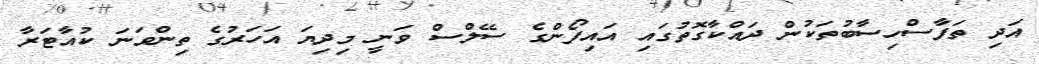
އަދި ތަފާސްހިސާބުތަކުން ދައްކާގޮތުގައި އައިފޯންގެ ސޭލްސް ވަނީ މިދިޔަ އަހަރުގެ ތިންވަނަ ކުއާޓަރާ